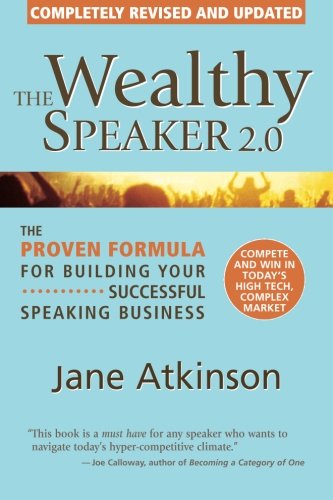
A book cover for The Wealthy Speaker 2.0 (completely updated); Jane E. Atkinson; Business & Money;